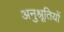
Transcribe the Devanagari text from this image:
अनुश्रूतियों